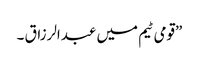
”قومی ٹیم میں عبدالرزاق ۔